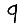
Digit: 9